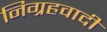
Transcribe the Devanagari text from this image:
निग्रहवादी